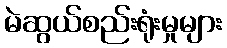
မဲဆွယ်စည်းရုံးမှုများ